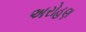
અરોહણ